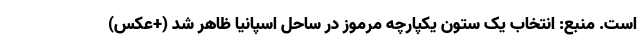
است. منبع: انتخاب یک ستون یکپارچه مرموز در ساحل اسپانیا ظاهر شد (+عکس)